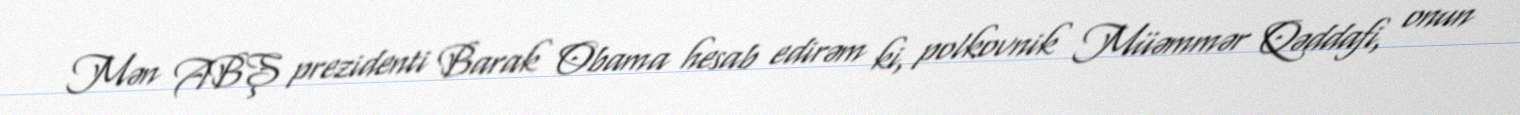
Mən ABŞ prezidenti Barak Obama hesab edirəm ki, polkovnik Müəmmər Qəddafi, onun